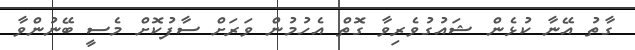
ގާތު އޭނާ ކުޅެން ޝައުގުވެރިވާ ގޮތް އެހުމުން ވަރަށް ސާފުކޮށް މެސީ ބޭނުންވާ